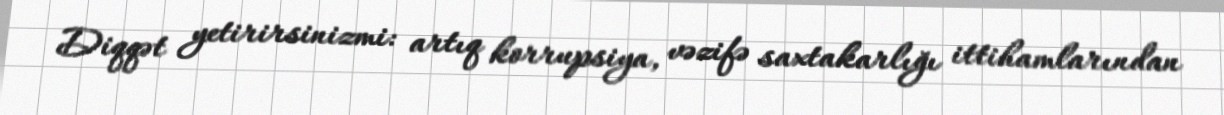
Diqqət yetirirsinizmi: artıq korrupsiya, vəzifə saxtakarlığı ittihamlarından